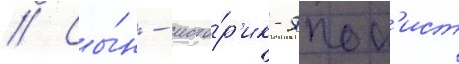
// Сы́н - исто́р'ик-япон'ист